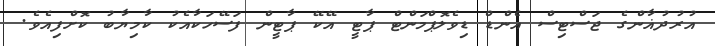
އުރުދުޣާންގެ ޖަސްޓިސް އެންޑް ޑިވެލޮޕްމަންޓް ޕާޓީ އޭކޭ ޕާޓީން ފަސޭހަކާއެކު ކާމިޔާބު ކޮށްފިއެވެ.